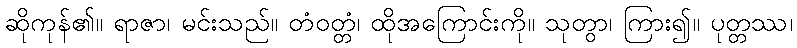
ဆိုကုန်၏။ ရာဇာ၊ မင်းသည်။ တံဝတ္တံ၊ ထိုအကြောင်းကို။ သုတွာ၊ ကြား၍။ ပုတ္တဿ၊